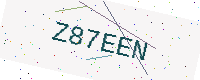
Text: Z87EEN